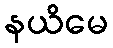
နယိမေ